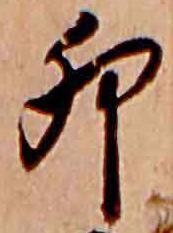
卯